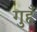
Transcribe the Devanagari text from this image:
गुहँ